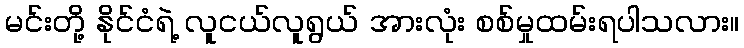
မင်းတို့ နိုင်ငံရဲ့ လူငယ်လူရွယ် အားလုံး စစ်မှုထမ်းရပါသလား။